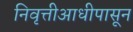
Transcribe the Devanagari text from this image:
निवृत्तीआधीपासून